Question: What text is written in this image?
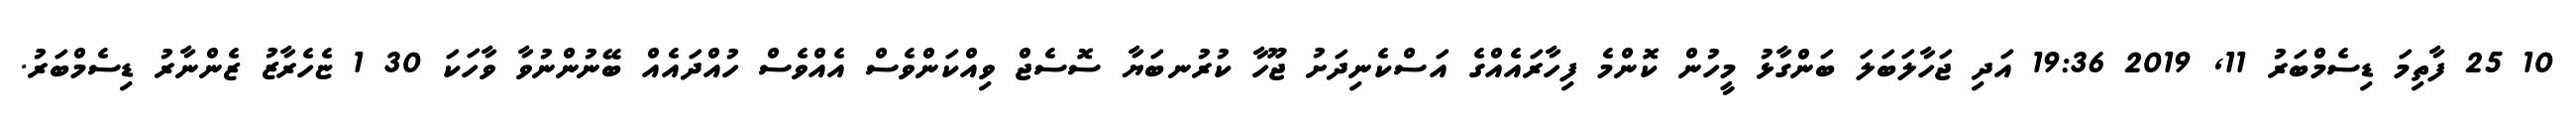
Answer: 10 25 ފާތިމަ ޑިސެމްބަރު 11, 2019 19:36 އަދި ޖަހާލަބަލަ ބަންގާޅު މީހުން ކޮންމެ ފިހާރައެއްގެ އަސްކެނިދަށު ޖޫހާ ކުރުނބަޔާ ސޮސެޖް ވިއްކަންވެސް އެއްވެސް ހުއްދައެއް ބޭނުންނުވާ ވާހަކަ 30 1 ޏެހެރާޒު ޒެންނާރު ޑިސެމްބަރު.